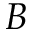
B